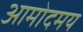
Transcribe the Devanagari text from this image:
आमोदमय